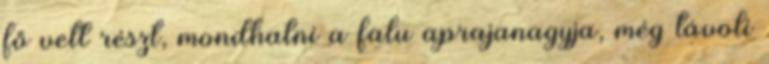
fő vett részt, mondhatni a falu aprajanagyja, még távoli